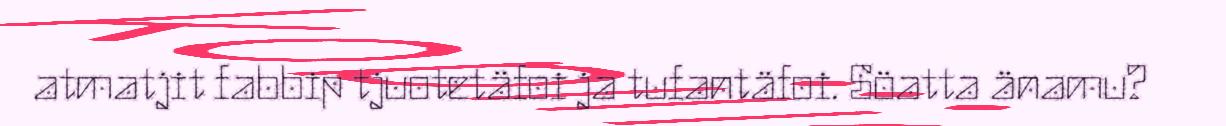
atmatjit fabbip tjuotetäfoi ja tufantäfoi. Söatta änamu?